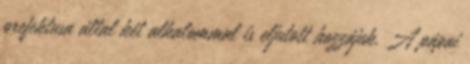
prefektusa által két alkalommal is eljutott hozzájuk. A pápai